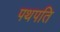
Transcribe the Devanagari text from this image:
पथपति